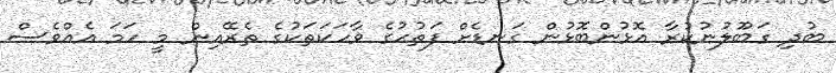
ބުދި ގަބޫލުނުކުރާ އޮޅުންބޮޅުން ގަނޑެށް ފަތުޙުގެ ވާހަކަތަކުގެ ތެރޭއިން މީ ހަމަ އެއްވެސް